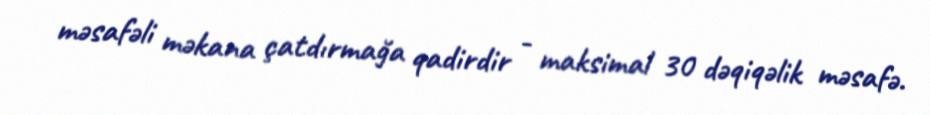
məsafəli məkana çatdırmağa qadirdir - maksimal 30 dəqiqəlik məsafə.